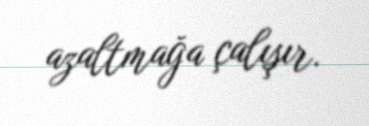
azaltmağa çalışır.